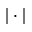
| \cdot |